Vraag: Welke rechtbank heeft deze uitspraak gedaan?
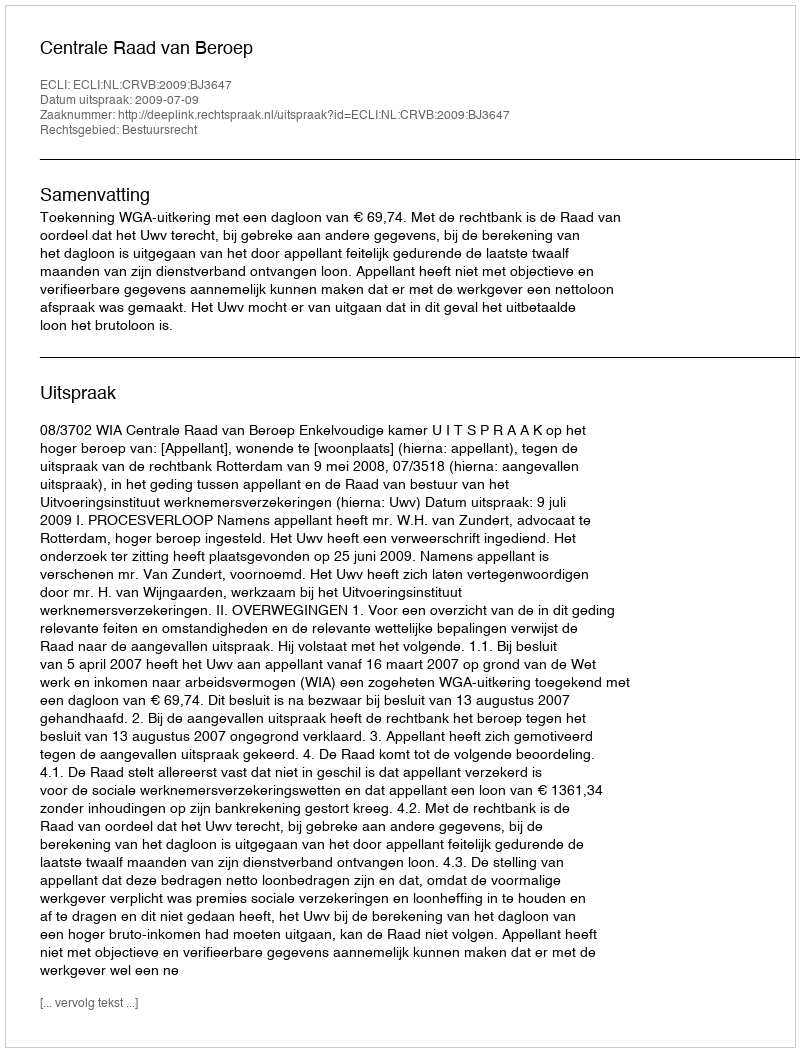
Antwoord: Centrale Raad van Beroep